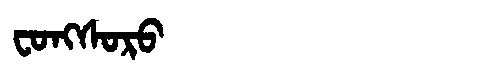
Manchu: ᠸᠣᠩᠰᠣᡵᠣ
Romanization: FONGSORO